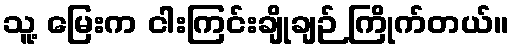
သူ့ မြေးက ငါးကြင်းချိုချဉ် ကြိုက်တယ်။